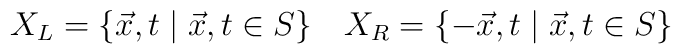
X_{L}=\{\vec{x},t\;|\;\vec{x},t\in S\}~~~X_{R}=\{-\vec{x},t\;|\;\vec{x},t\in S\}